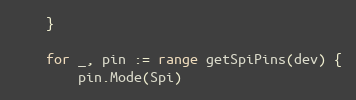
Language: Go
	}

	for _, pin := range getSpiPins(dev) {
		pin.Mode(Spi)